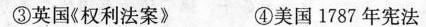
③英国《权利法案》 ④美国1787年宪法